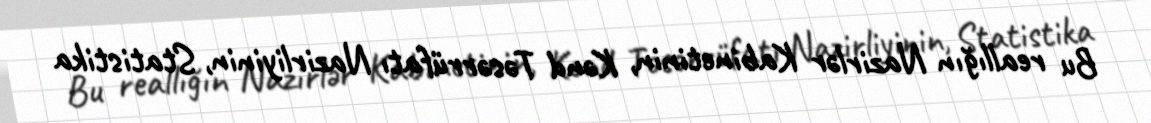
Bu reallığın Nazirlər Kabinetinin, Kənd Təsərrüfatı Nazirliyinin, Statistika